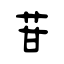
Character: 苷